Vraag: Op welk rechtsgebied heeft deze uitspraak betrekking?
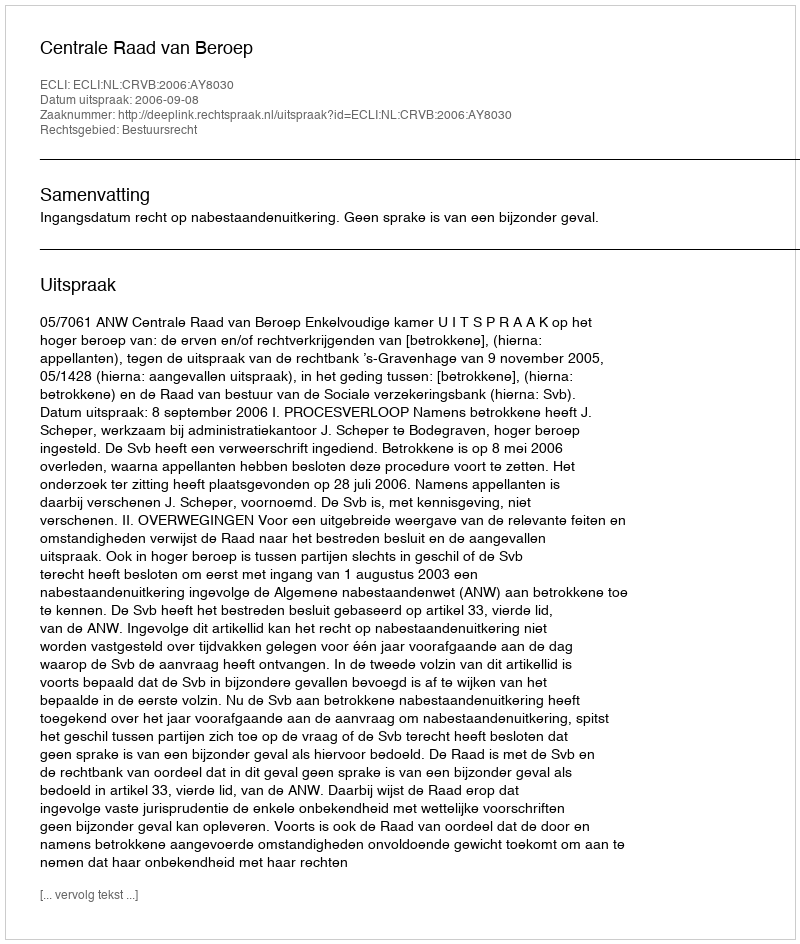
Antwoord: Bestuursrecht